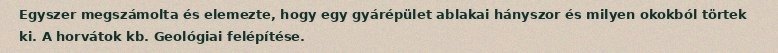
Egyszer megszámolta és elemezte, hogy egy gyárépület ablakai hányszor és milyen okokból törtek ki. A horvátok kb. Geológiai felépítése.